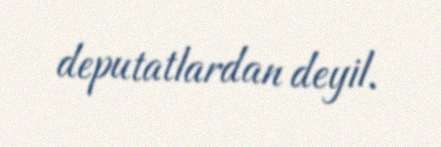
deputatlardan deyil.